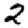
Digit: 2